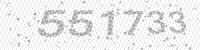
Solution: 551733